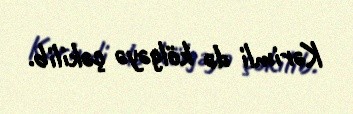
Kərimli də kölgəyə çəkilib.